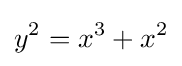
y^{2}=x^{3}+x^{2}